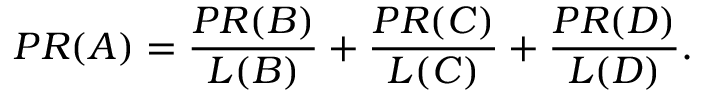
P R ( A ) = { \frac { P R ( B ) } { L ( B ) } } + { \frac { P R ( C ) } { L ( C ) } } + { \frac { P R ( D ) } { L ( D ) } } .